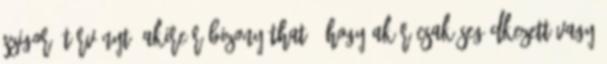
szigorú törvényt, akire rábizonyítható, hogy akár csak segédkezett vagy